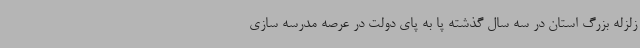
زلزله بزرگ استان در سه سال گذشته پا به پای دولت در عرصه مدرسه سازی